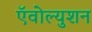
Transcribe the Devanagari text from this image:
ऍवोल्युशन